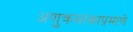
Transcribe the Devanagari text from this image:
अणुक्रमांकाप्रमाणे